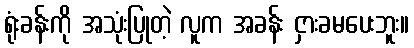
ရုံးခန်းကို အသုံးပြုတဲ့ လူက အခန်း ငှားခမပေးဘူး။